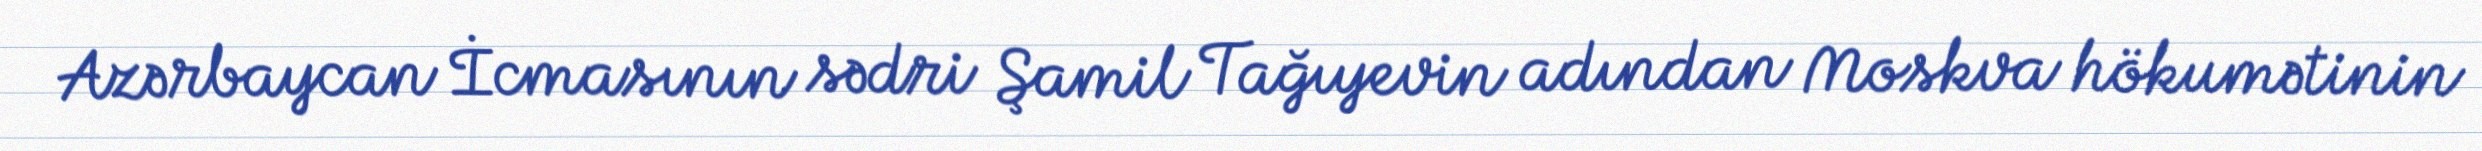
Azərbaycan İcmasının sədri Şamil Tağıyevin adından Moskva hökumətinin